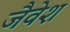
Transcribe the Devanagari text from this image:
जैवेश